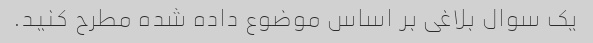
یک سوال بلاغی بر اساس موضوع داده شده مطرح کنید.